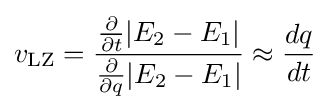
v_{\rm {LZ}}={{\frac {\partial }{\partial t}}|E_{2}-E_{1}| \over {\frac {\partial }{\partial q}}|E_{2}-E_{1}|}\approx {\frac {dq}{dt}}